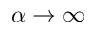
\alpha \to \infty